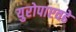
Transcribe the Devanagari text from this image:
युरोपाएवढे